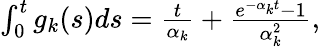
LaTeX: \begin{array}{r}{\int_{0}^{t}g_{k}(s)ds=\frac{t}{\alpha_{k}}+\frac{e^{-\alpha_{k}t}-1}{\alpha_{k}^{2}},}\end{array}